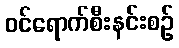
ဝင်ရောက်စီးနင်းစဉ်